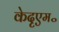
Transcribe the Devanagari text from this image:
केदृएम॰